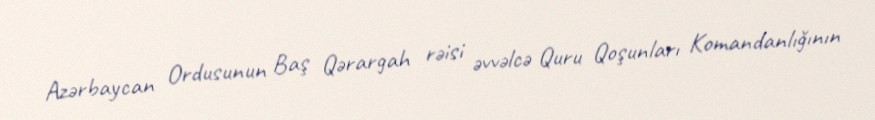
Azərbaycan Ordusunun Baş Qərargah rəisi əvvəlcə Quru Qoşunları Komandanlığının